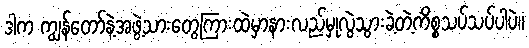
ဒါက ကျွန်တော်နဲ့အဖွဲ့သားတွေကြားထဲမှာနားလည်မှုလွဲသွားခဲ့တဲ့ကိစ္စသပ်သပ်ပါပဲ။